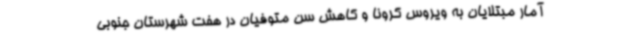
آمار مبتلایان به ویروس کرونا و کاهش سن متوفیان در هفت شهرستان‌ جنوبی